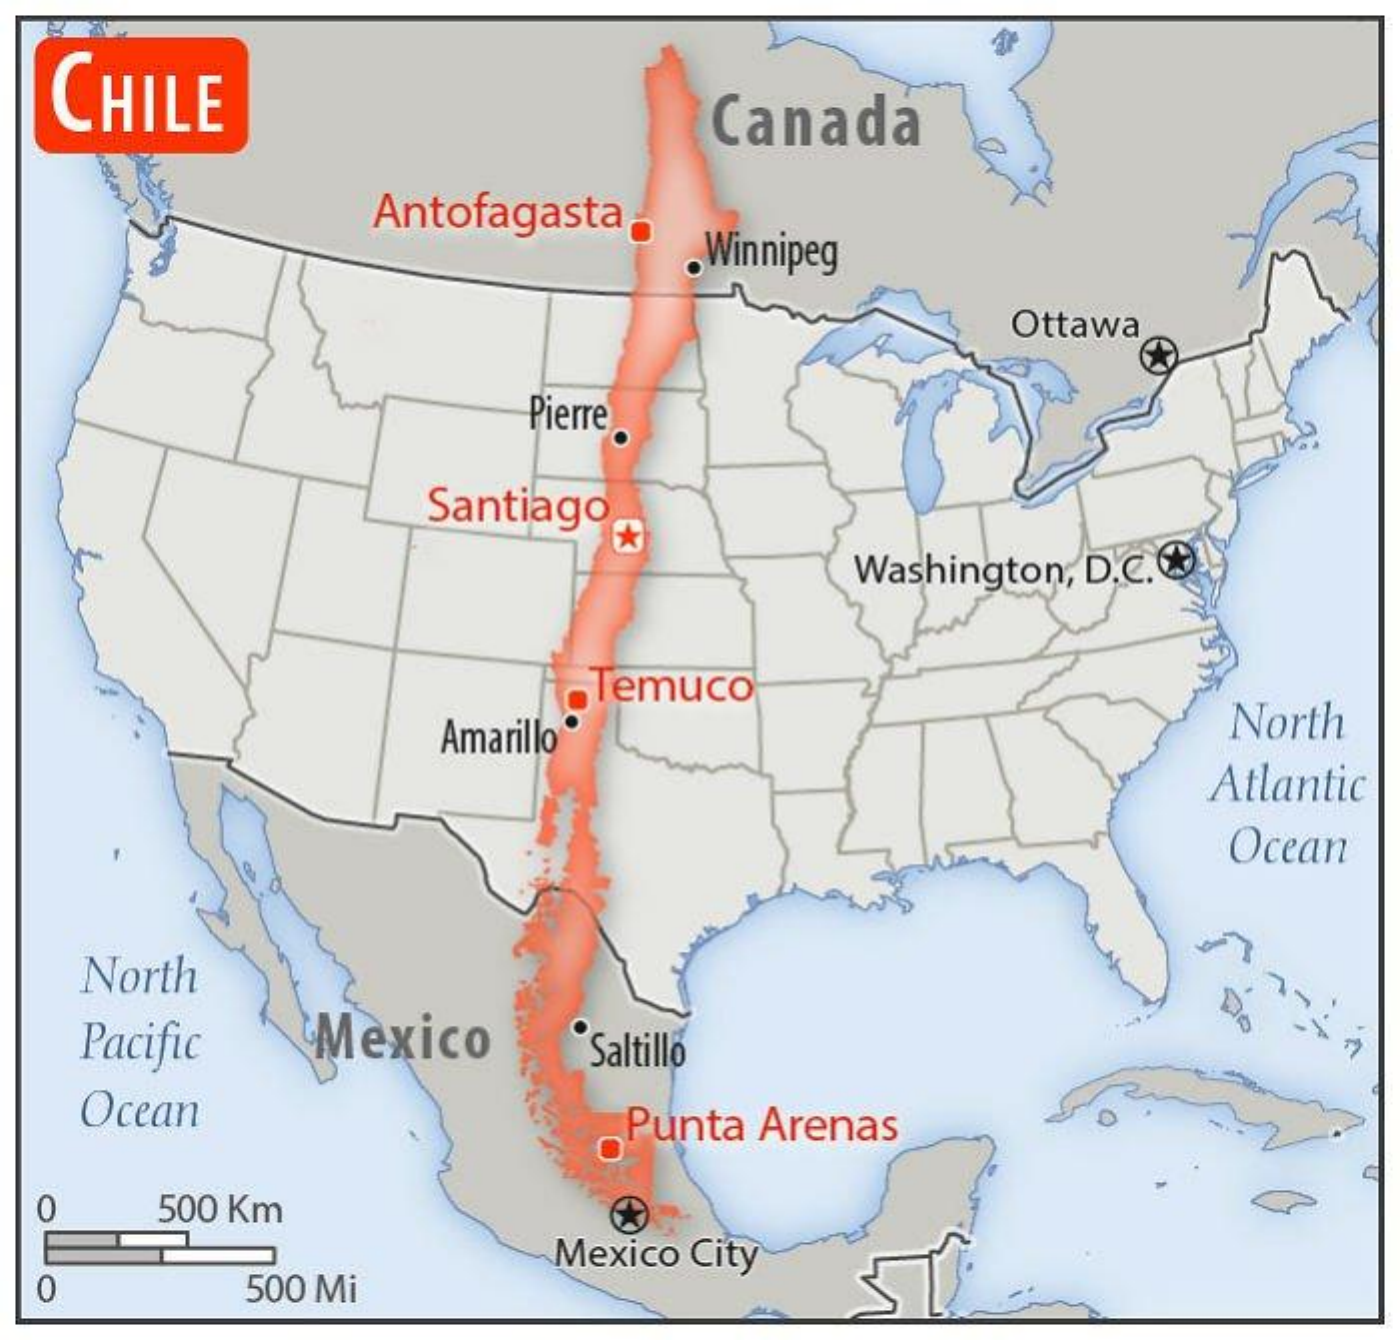
CHILE    Canada
     Antofagasta
     .Winnipeg
     Ottawa
     Pierre
     Santiago
     Washington, D.c.
     Temuco
     Amarillo    North
     Atlantic
     Ocean
   North
   Pacific Mexico    Saltillo
   Ocean    Punta Arenas
  0   500 Km
     Mexico City
  0    500 Mi